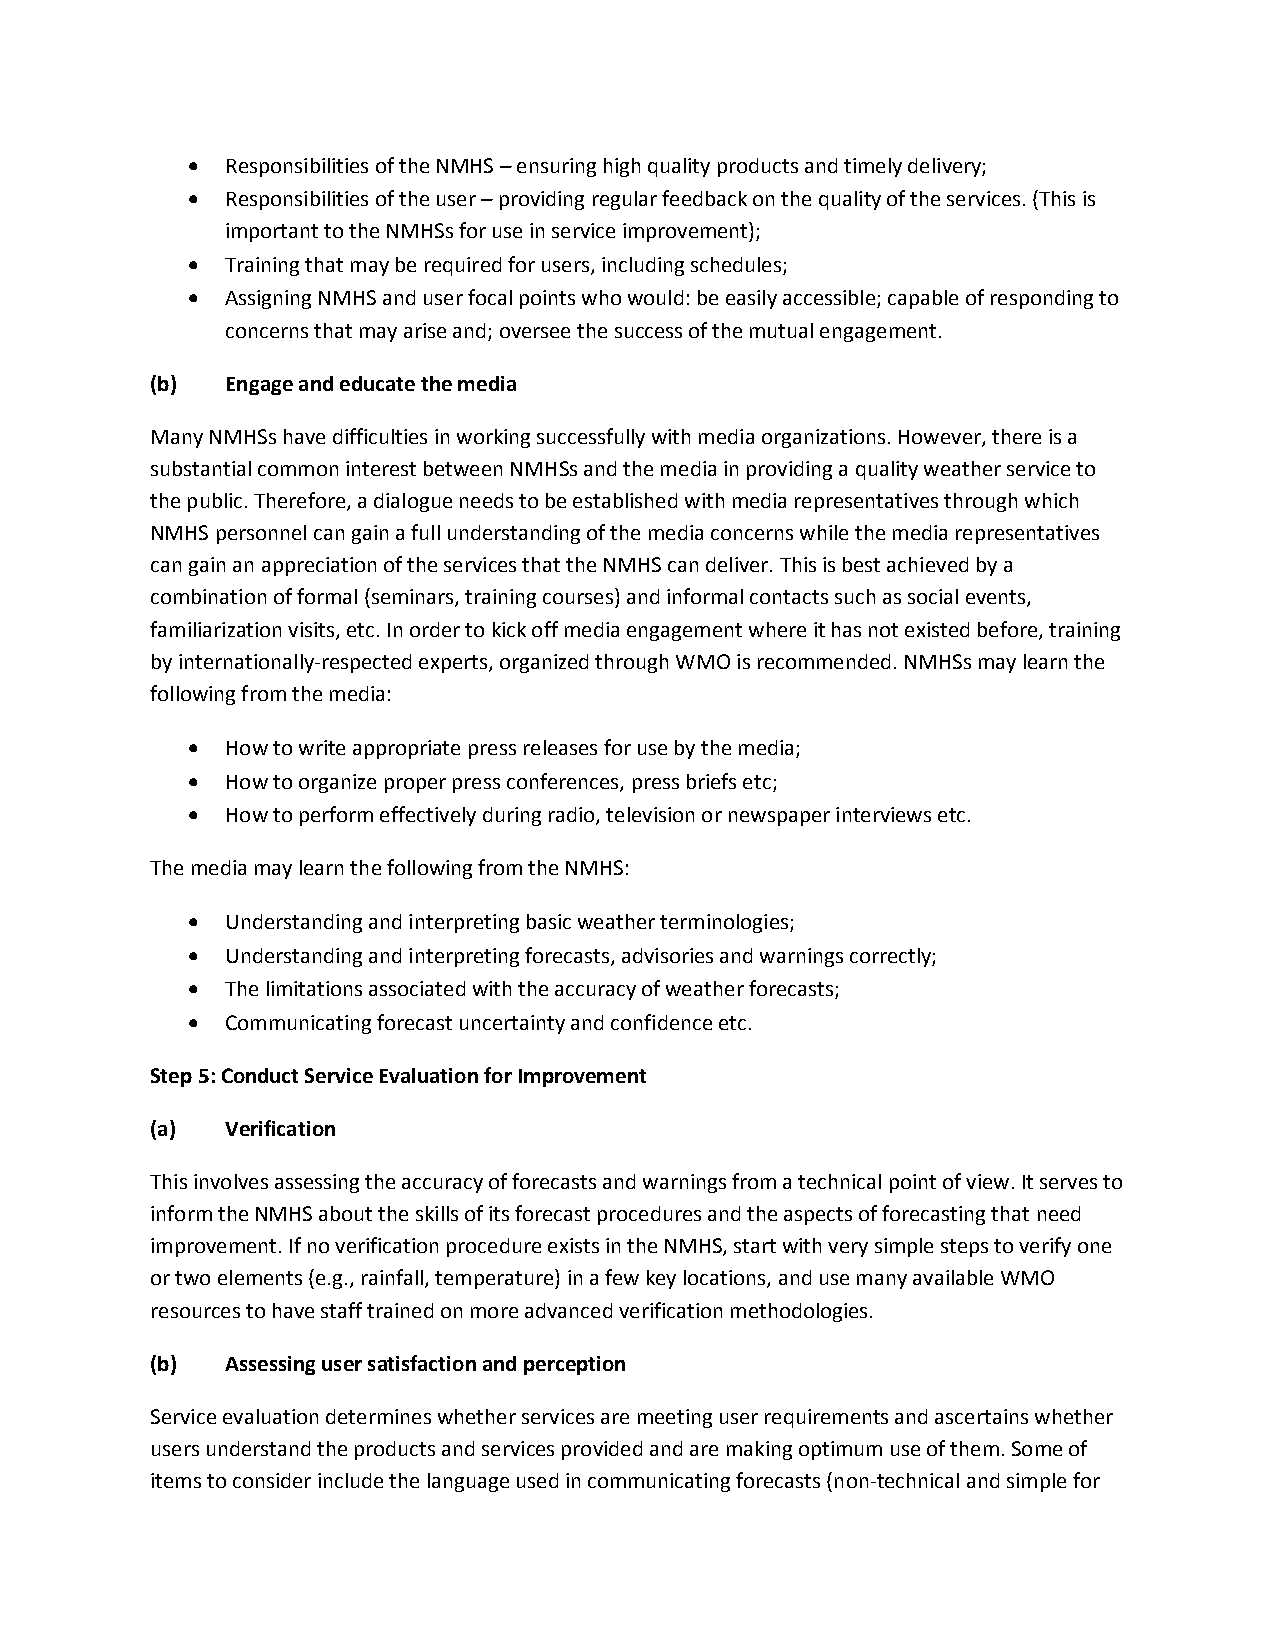
  Responsibilities of the NMHS – ensuring high quality products and timely delivery;
   Responsibilities of the user – providing regular feedback on the quality of the services. (This is
 important to the NMHSs for use in service improvement);
   Training that may be required for users, including schedules;
   Assigning NMHS and user focal points who would: be easily accessible; capable of responding to
 concerns that may arise and; oversee the success of the mutual engagement.
 (b)  Engage and educate the media
 Many NMHSs have difficulties in working successfully with media organizations. However, there is a
 substantial common interest between NMHSs and the media in providing a quality weather service to
 the public. Therefore, a dialogue needs to be established with media representatives through which
 NMHS personnel can gain a full understanding of the media concerns while the media representatives
 can gain an appreciation of the services that the NMHS can deliver. This is best achieved by a
 combination of formal (seminars, training courses) and informal contacts such as social events,
 familiarization visits, etc. In order to kick off media engagement where it has not existed before, training
 by internationally-respected experts, organized through WMO is recommended. NMHSs may learn the
 following from the media:
   How to write appropriate press releases for use by the media;
   How to organize proper press conferences, press briefs etc;
   How to perform effectively during radio, television or newspaper interviews etc.
 The media may learn the following from the NMHS:
   Understanding and interpreting basic weather terminologies;
   Understanding and interpreting forecasts, advisories and warnings correctly;
   The limitations associated with the accuracy of weather forecasts;
   Communicating forecast uncertainty and confidence etc.
 Step 5: Conduct Service Evaluation for Improvement
 (a)  Verification
 This involves assessing the accuracy of forecasts and warnings from a technical point of view. It serves to
 inform the NMHS about the skills of its forecast procedures and the aspects of forecasting that need
 improvement. If no verification procedure exists in the NMHS, start with very simple steps to verify one
 or two elements (e.g., rainfall, temperature) in a few key locations, and use many available WMO
 resources to have staff trained on more advanced verification methodologies.
 (b)  Assessing user satisfaction and perception
 Service evaluation determines whether services are meeting user requirements and ascertains whether
 users understand the products and services provided and are making optimum use of them. Some of
 items to consider include the language used in communicating forecasts (non-technical and simple for